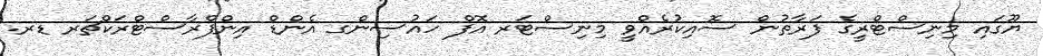
ޔޫގައި މިނިސްޓްރީގެ ފަރާތުން ސޮއިކުރެއްވީ މިނިސްޓަރ އޮފް ހައުސިންގ އެންޑް އިންފްރާސްޓްރަކްޗަރ ޑރ.